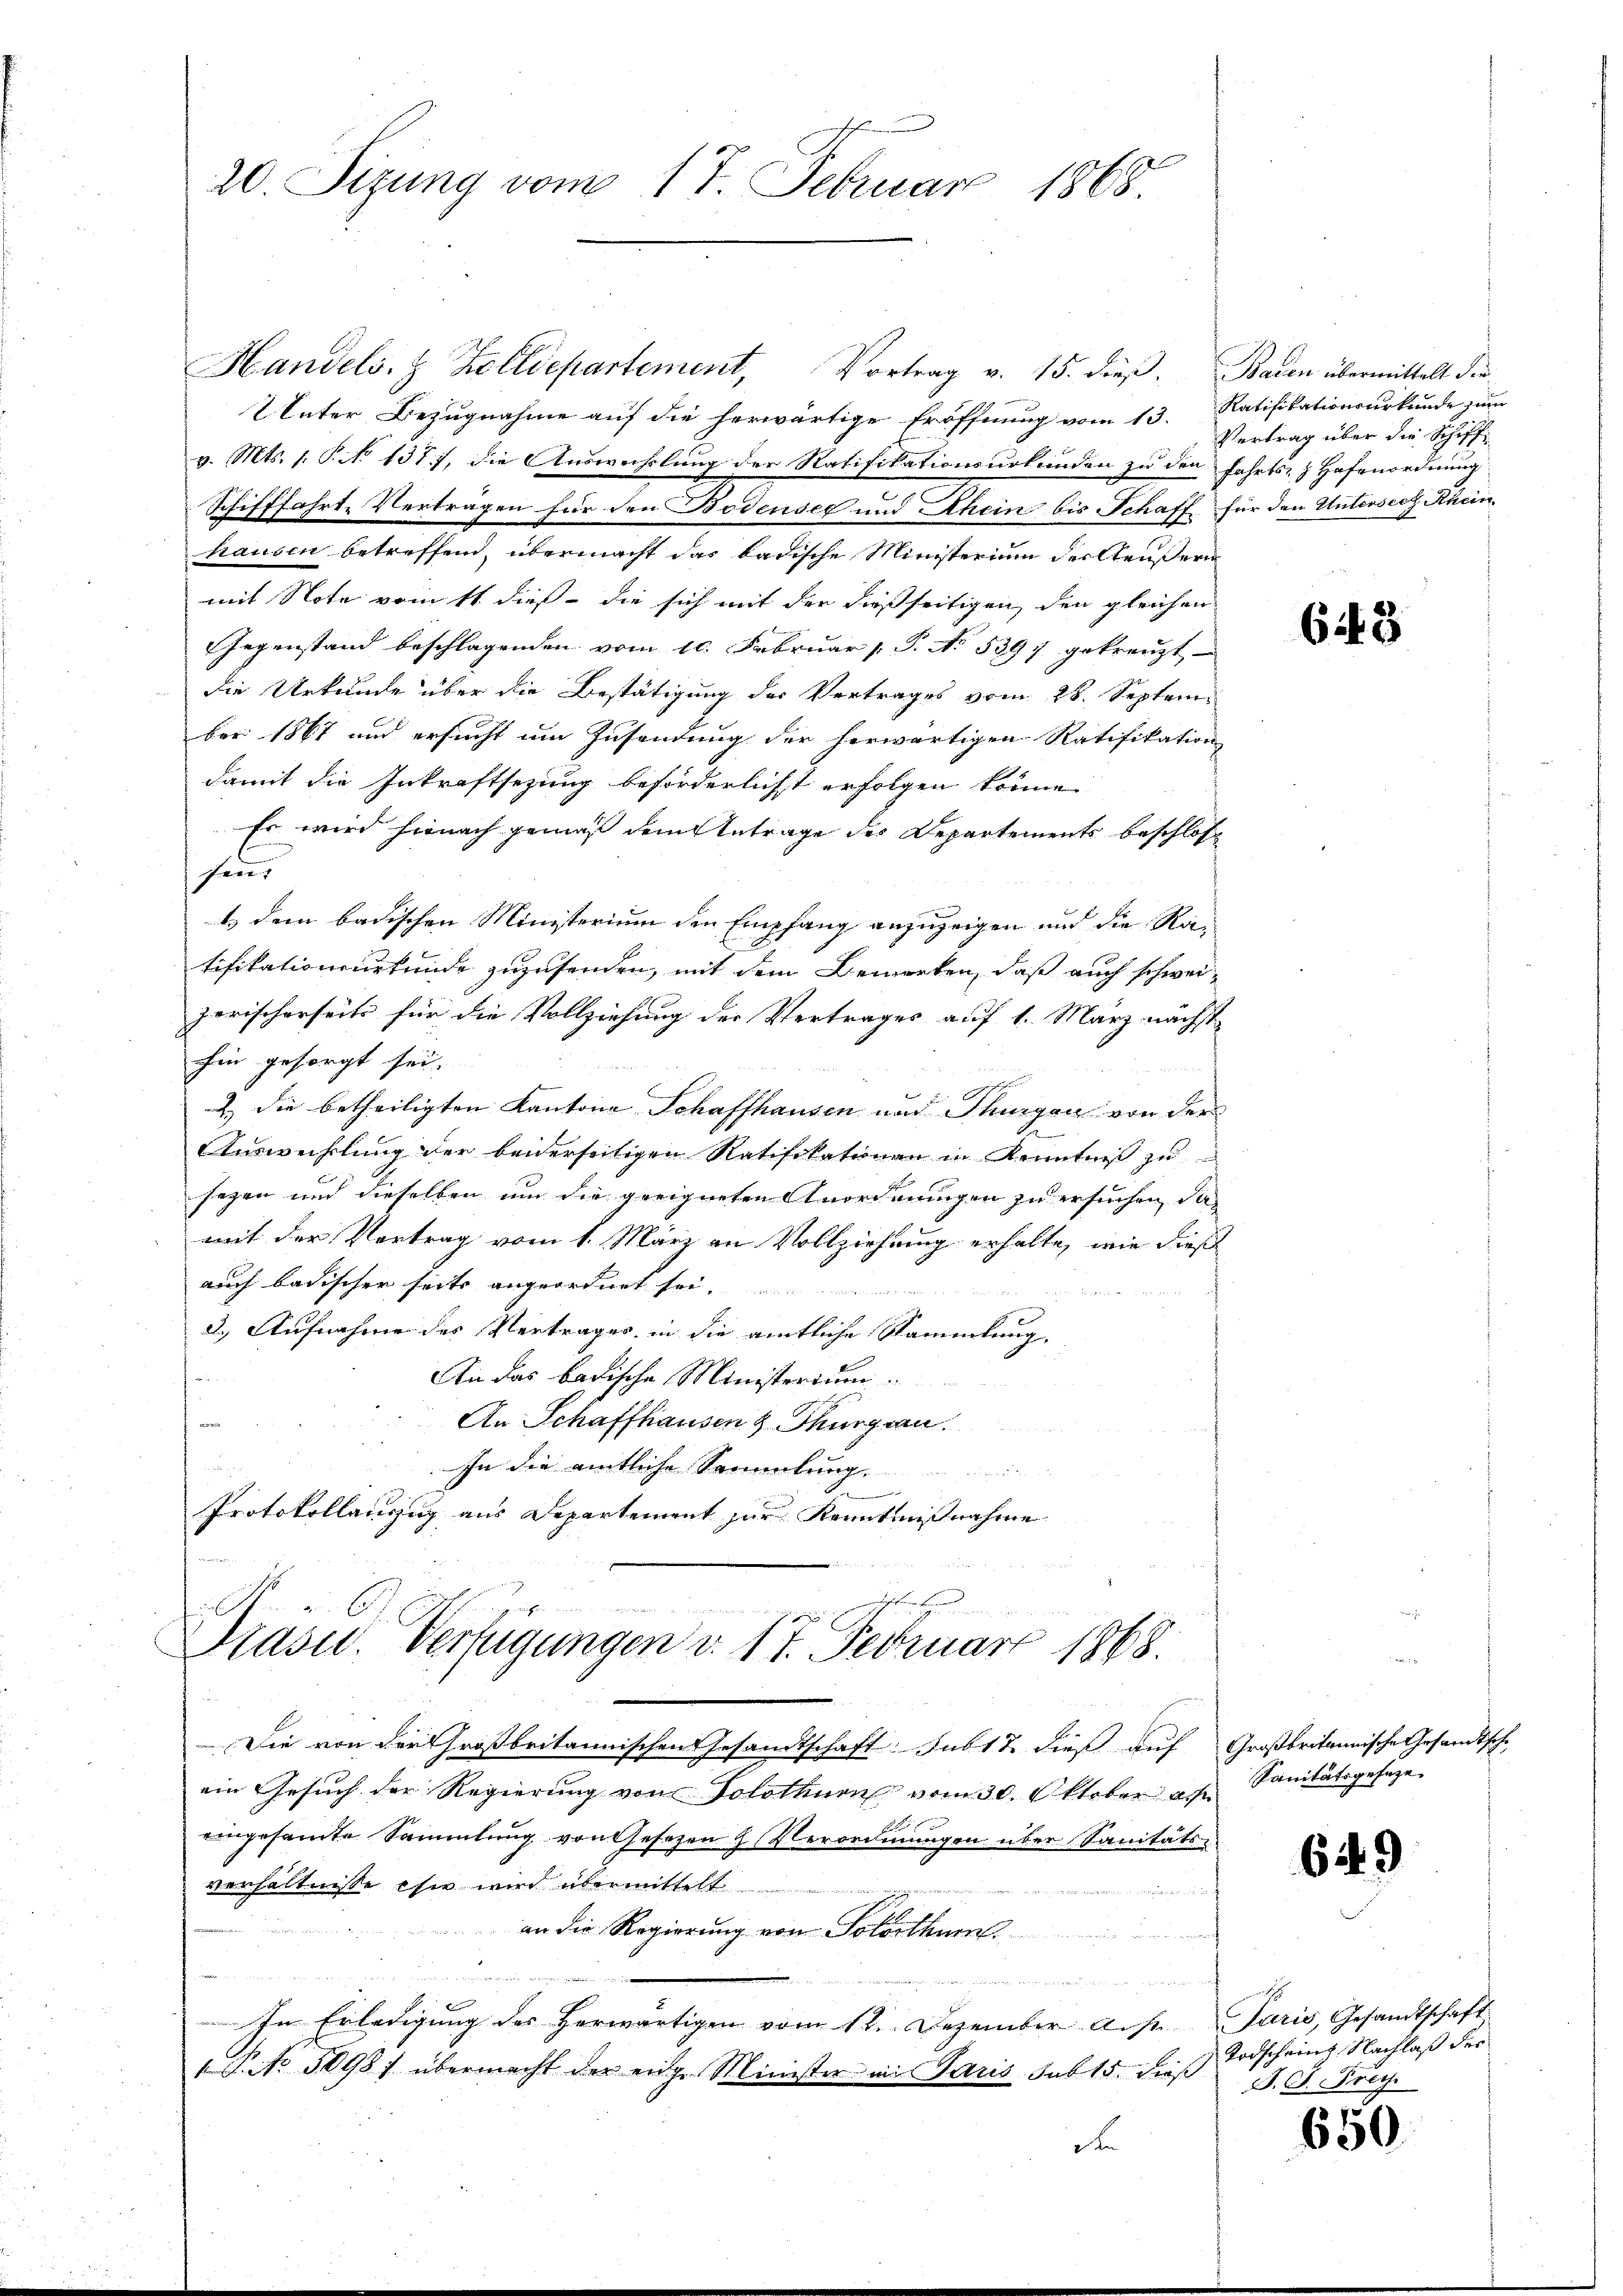
20. Sizung vom 17. Februar 1868.

Handels- & Zolldepartement, Vortrag v. 15. dieβ. Baden übermittelt der-
2 Unter Bezugnahme auf die herwärtige Eröffnung vom 13. Ratifikationsurkunde zum
v. Mts. 1. P. No 1377, die Auswechslung der Ratifikationsurkunden zu den fahrts- & Hafenordnung
Schifffahrte Vertragen für den Bodensee und Rhein bis Schaff für den Untersich Rhein
hausen betreffend, übermacht das badische Ministerium der Aeußern
mit Note vom 11. dieß die sich mit der dießseitigen, den gleichen
Gegenstand beschlagenden vom 10. Februar 1 S. No. 539) gekreuzt
die Urkunde über die Bestätigung des Vertrages vom 28. Septem
ber 1867 und ersucht um Zusendung der herwärtigen Ratifikation
damit die Inkraftsezung beförderlichst erfolgen könne.
Es wird hienach gemäß dem Antrage des Departements beschlos
sen
t dem badischen Ministerium den Empfang anzuzeigen und die Ratifikationsurkunde zuzusenden, mit dem Bemerken, daß auch schwei-
zerischerseits für die Vollziehung der Vertrages auf 1. März nächst
hin gesorgt sei.
A
2) die betheiligten Kantone Schaffhausen und Thurgau von der
Auswechslung der beiderseitigen Ratifikationen in Kenntniß zu
sezen und dieselben um die geeigneten Anordnungen zu ersuchen, das
mit der Vortrag vom 1. März an Vollziehung erhalte, wie dieß
auch badischer seits angeordnet sei.
2.) Aufnahme des Vertrages in die amtliche Sammlung
An das badische Ministerium.
m
An Schaffhausen & Thurgau.
u
In die amtliche Sammlung.
g
u
Protokollauszug aus Departement zur Kenntnißnahme

h
üdern aber de
Präsid.. Verfügungen v. 17. Februar 1868.

Die von der Großbritannischen Gesandtschaft: sub 17 dieß auf Großbritannische Gesandtsche
ein Gesuch der Regierung von Solothurn vom 30. Oktober ag. Sanitätsgeseze
ngesamte Sammlung von Gesetzen Verordnungen über Sanitäts-
verhältnisse sie wird übermittelt
an die Regierung von Solothurn
e
In Erledigŭng des herwärtigen vom 12. Dezember a.pr. Paris, Gesandtschaft
1 S. 3098) übermacht der eige Minister in Paris sub 15. dieß
d

Vertrag über die Schiff¬

643

6 ih

49

Todschein Nachlaß der
B. G. Frey

650